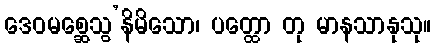
ဒေဝမစ္ဆေသွ’နိမိသော၊ ပတ္ထော တု မာနသာနုသု။